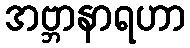
အဗ္ဘာနာရဟာ